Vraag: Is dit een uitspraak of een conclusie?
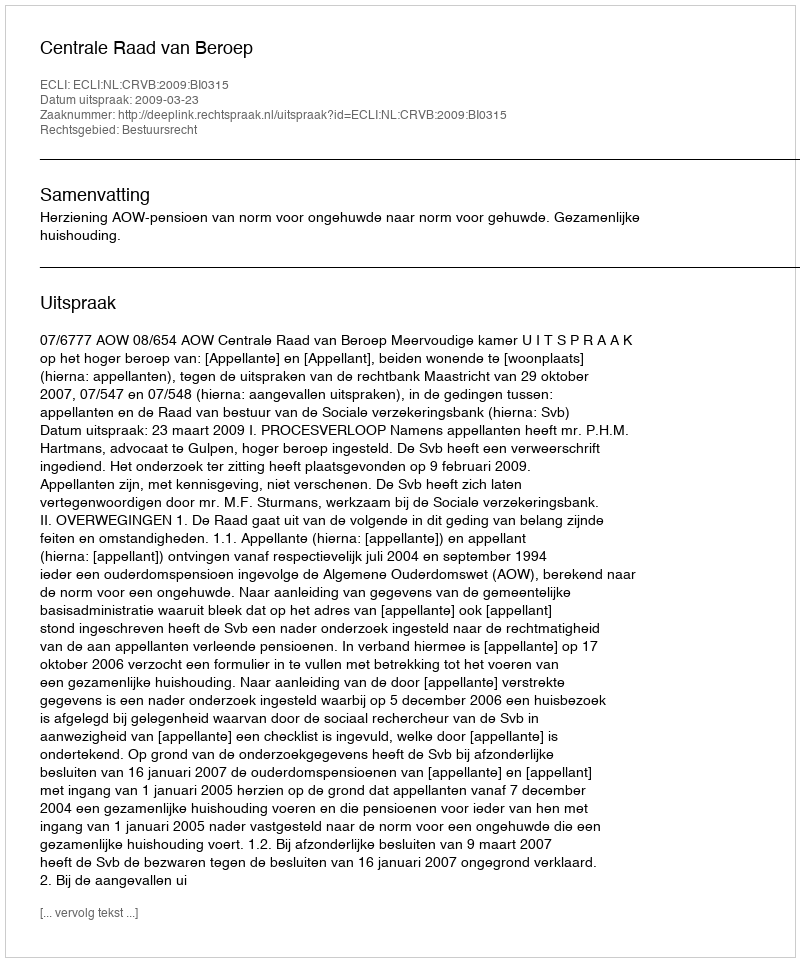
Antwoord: Uitspraak